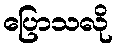
ပြောသလို